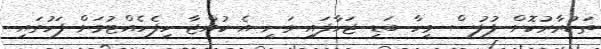
ތަކުރާރުކޮށް ފުލުސް މީހާ ބަޑި ޖަހާފައި ވަނީ އެ ކުއްޖާ ހިފެހެއްޓުމަށް ފަހުގައި